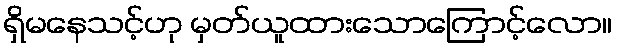
ရှိမနေသင့်ဟု မှတ်ယူထားသောကြောင့်လော။